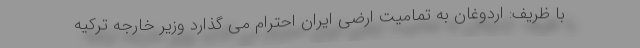
با ظریف: اردوغان به تمامیت ارضی ایران احترام می گذارد وزیر خارجه ترکیه